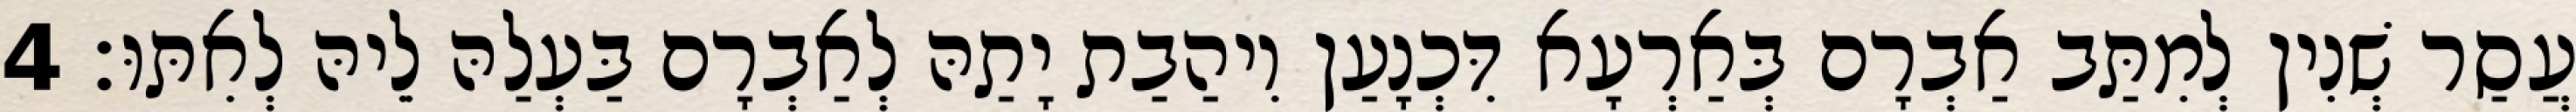
עֲסַר שְׁנִין לְמִתַּב אַבְרָם בְּאַרְעָא דִּכְנָעַן וִיהַבַת יָתַהּ לְאַבְרָם בַּעְלַהּ לֵיהּ לְאִתּוּ׃ 4